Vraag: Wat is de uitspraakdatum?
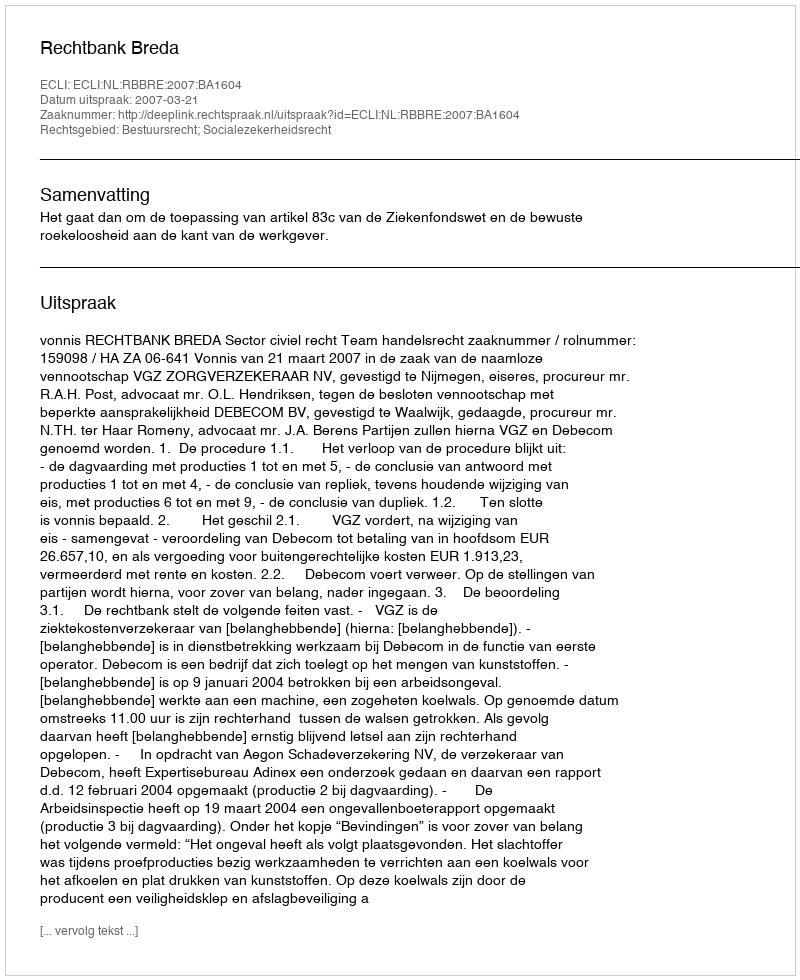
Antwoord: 2007-03-21